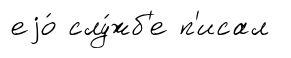
еjо́ слу́жб'е п'исал